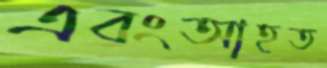
এবংআহত